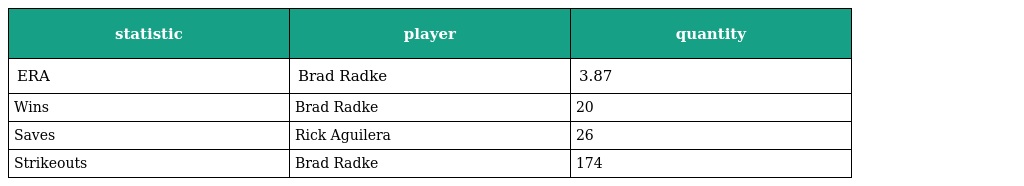
| statistic | player | quantity |
 | --- | --- | --- |
 | ERA | Brad Radke | 3.87 |
 | Wins | Brad Radke | 20 |
 | Saves | Rick Aguilera | 26 |
 | Strikeouts | Brad Radke | 174 |